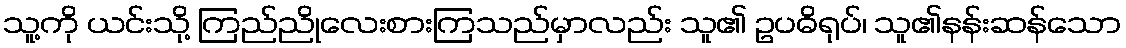
သူ့ကို ယင်းသို့ ကြည်ညိုလေးစားကြသည်မှာလည်း သူ၏ ဥပဓိရုပ်၊ သူ၏နန်းဆန်သော